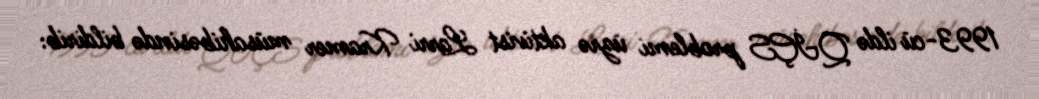
1993-cü ildə QİÇS problemi üzrə aktivist Larri Kramer müsahibəsində bildirib: